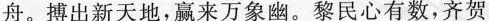
舟。搏出新天地，赢来万象幽。黎民心有数，齐贺